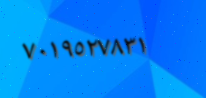
٧٠١٩٥٢٧٨٣١